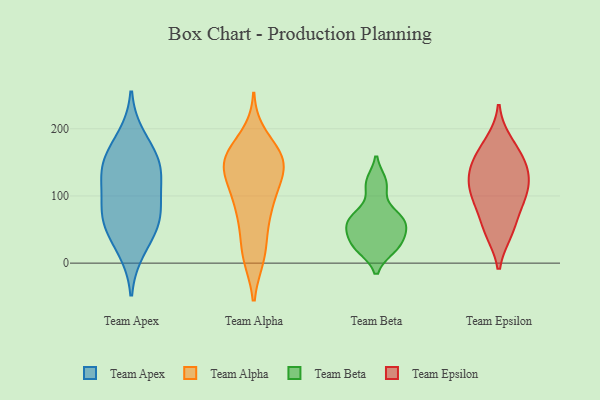
{"axis": {"x": "Tickets Resolved", "y": "Value"}, "legend": ["Team Alpha", "Team Apex", "Team Beta", "Team Epsilon"], "data": [{"x": "", "y": 153, "type": "Team Apex"}, {"x": "", "y": 187, "type": "Team Apex"}, {"x": "", "y": 154, "type": "Team Apex"}, {"x": "", "y": 72, "type": "Team Apex"}, {"x": "", "y": 107, "type": "Team Apex"}, {"x": "", "y": 129, "type": "Team Apex"}, {"x": "", "y": 47, "type": "Team Apex"}, {"x": "", "y": 73, "type": "Team Apex"}, {"x": "", "y": 68, "type": "Team Apex"}, {"x": "", "y": 20, "type": "Team Apex"}, {"x": "", "y": 138, "type": "Team Apex"}, {"x": "", "y": 144, "type": "Team Alpha"}, {"x": "", "y": 15, "type": "Team Alpha"}, {"x": "", "y": 75, "type": "Team Alpha"}, {"x": "", "y": 150, "type": "Team Alpha"}, {"x": "", "y": 11, "type": "Team Alpha"}, {"x": "", "y": 94, "type": "Team Alpha"}, {"x": "", "y": 156, "type": "Team Alpha"}, {"x": "", "y": 113, "type": "Team Alpha"}, {"x": "", "y": 159, "type": "Team Alpha"}, {"x": "", "y": 142, "type": "Team Alpha"}, {"x": "", "y": 57, "type": "Team Alpha"}, {"x": "", "y": 152, "type": "Team Alpha"}, {"x": "", "y": 112, "type": "Team Alpha"}, {"x": "", "y": 157, "type": "Team Alpha"}, {"x": "", "y": 151, "type": "Team Alpha"}, {"x": "", "y": 13, "type": "Team Alpha"}, {"x": "", "y": 187, "type": "Team Alpha"}, {"x": "", "y": 82, "type": "Team Alpha"}, {"x": "", "y": 24, "type": "Team Beta"}, {"x": "", "y": 116, "type": "Team Beta"}, {"x": "", "y": 62, "type": "Team Beta"}, {"x": "", "y": 36, "type": "Team Beta"}, {"x": "", "y": 54, "type": "Team Beta"}, {"x": "", "y": 61, "type": "Team Beta"}, {"x": "", "y": 70, "type": "Team Beta"}, {"x": "", "y": 27, "type": "Team Beta"}, {"x": "", "y": 66, "type": "Team Beta"}, {"x": "", "y": 120, "type": "Team Beta"}, {"x": "", "y": 23, "type": "Team Beta"}, {"x": "", "y": 99, "type": "Team Epsilon"}, {"x": "", "y": 109, "type": "Team Epsilon"}, {"x": "", "y": 164, "type": "Team Epsilon"}, {"x": "", "y": 47, "type": "Team Epsilon"}, {"x": "", "y": 108, "type": "Team Epsilon"}, {"x": "", "y": 135, "type": "Team Epsilon"}, {"x": "", "y": 146, "type": "Team Epsilon"}, {"x": "", "y": 180, "type": "Team Epsilon"}, {"x": "", "y": 83, "type": "Team Epsilon"}, {"x": "", "y": 49, "type": "Team Epsilon"}, {"x": "", "y": 138, "type": "Team Epsilon"}]}